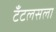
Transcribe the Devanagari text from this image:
टँटलसला